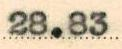
28.83